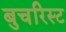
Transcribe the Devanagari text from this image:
बुचरिस्ट